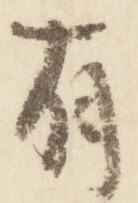
有